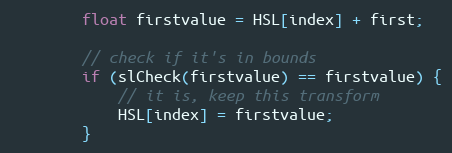
Language: Java
        float firstvalue = HSL[index] + first;

        // check if it's in bounds
        if (slCheck(firstvalue) == firstvalue) {
            // it is, keep this transform
            HSL[index] = firstvalue;
        }